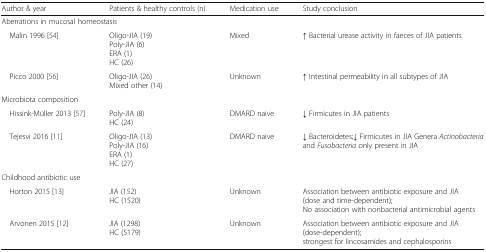
| Author & year | Patients & healthy controls (n) | Medication use | Study conclusion |
 | --- | --- | --- | --- |
 | <COLSPAN=4> Aberrations in mucosal homeostasis |
 | Malin 1996 [54] | Oligo-JIA (19)Poly-JIA (6)ERA (1)HC (26) | Mixed | ↑ Bacterial urease activity in faeces of JIA patients |
 | Picco 2000 [56] | Oligo-JIA (26)Mixed other (14) | Unknown | ↑ Intestinal permeability in all subtypes of JIA |
 | <COLSPAN=4> Microbiota composition |
 | Hissink-Müller 2013 [57] | Poly-JIA (8)HC (24) | DMARD naive | ↓ Firmicutes in JIA patients |
 | Tejesvi 2016 [11] | Oligo-JIA (13)Poly-JIA (16)ERA (1)HC (27) | DMARD naive | ↓ Bacteroidetes;↓ Firmicutes in JIA Genera Actinobacteria and Fusobacteria only present in JIA |
 | <COLSPAN=4> Childhood antibiotic use |
 | Horton 2015 [13] | JIA (152)HC (1520) | Unknown | Association between antibiotic exposure and JIA (dose and time-dependent);No association with nonbacterial antimicrobial agents |
 | Arvonen 2015 [12] | JIA (1298)HC (5179) | Unknown | Association between antibiotic exposure and JIA (dose-dependent);strongest for lincosamides and cephalosporins |